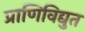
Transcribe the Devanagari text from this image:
प्राणिविद्युत